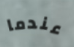
عندما